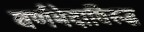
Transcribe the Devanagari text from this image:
वर्णभेदाविरुद्ध